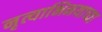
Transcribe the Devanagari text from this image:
नृत्याभिनयाच्या